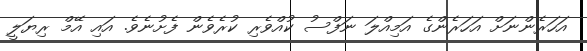
އަހަރެންނަށް އަހަރެންގެ އަމިއްލަ ނަފްސު ކުއްވެރި ކުރެވެން ފެށުނެވެ. އައި އޭމް ރިޔަލީ